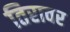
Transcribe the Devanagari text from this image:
तिरावर